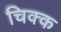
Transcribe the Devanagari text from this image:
चिक्क